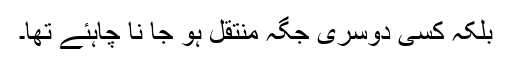
بلکہ کسی دوسری جگہ منتقل ہو جا نا چاہئے تھا۔